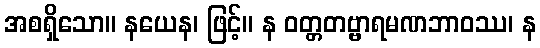
အစရှိသော။ နယေန၊ ဖြင့်။ န ဝတ္တတဗ္ဗာရမဏဘာဝဿ၊ န